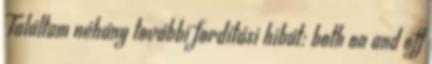
Találtam néhány további fordítási hibát: both on and off